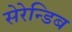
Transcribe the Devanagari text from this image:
सेरेन्डिब